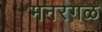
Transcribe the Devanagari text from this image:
मनरगळ